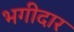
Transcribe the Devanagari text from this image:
भगीदार